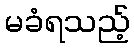
မခံရသည့်